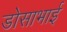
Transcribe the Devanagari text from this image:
डोसाभाई